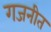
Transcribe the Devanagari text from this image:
गजनीत